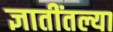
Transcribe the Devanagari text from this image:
ज्ञातींतल्या